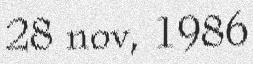
28 nov, 1986